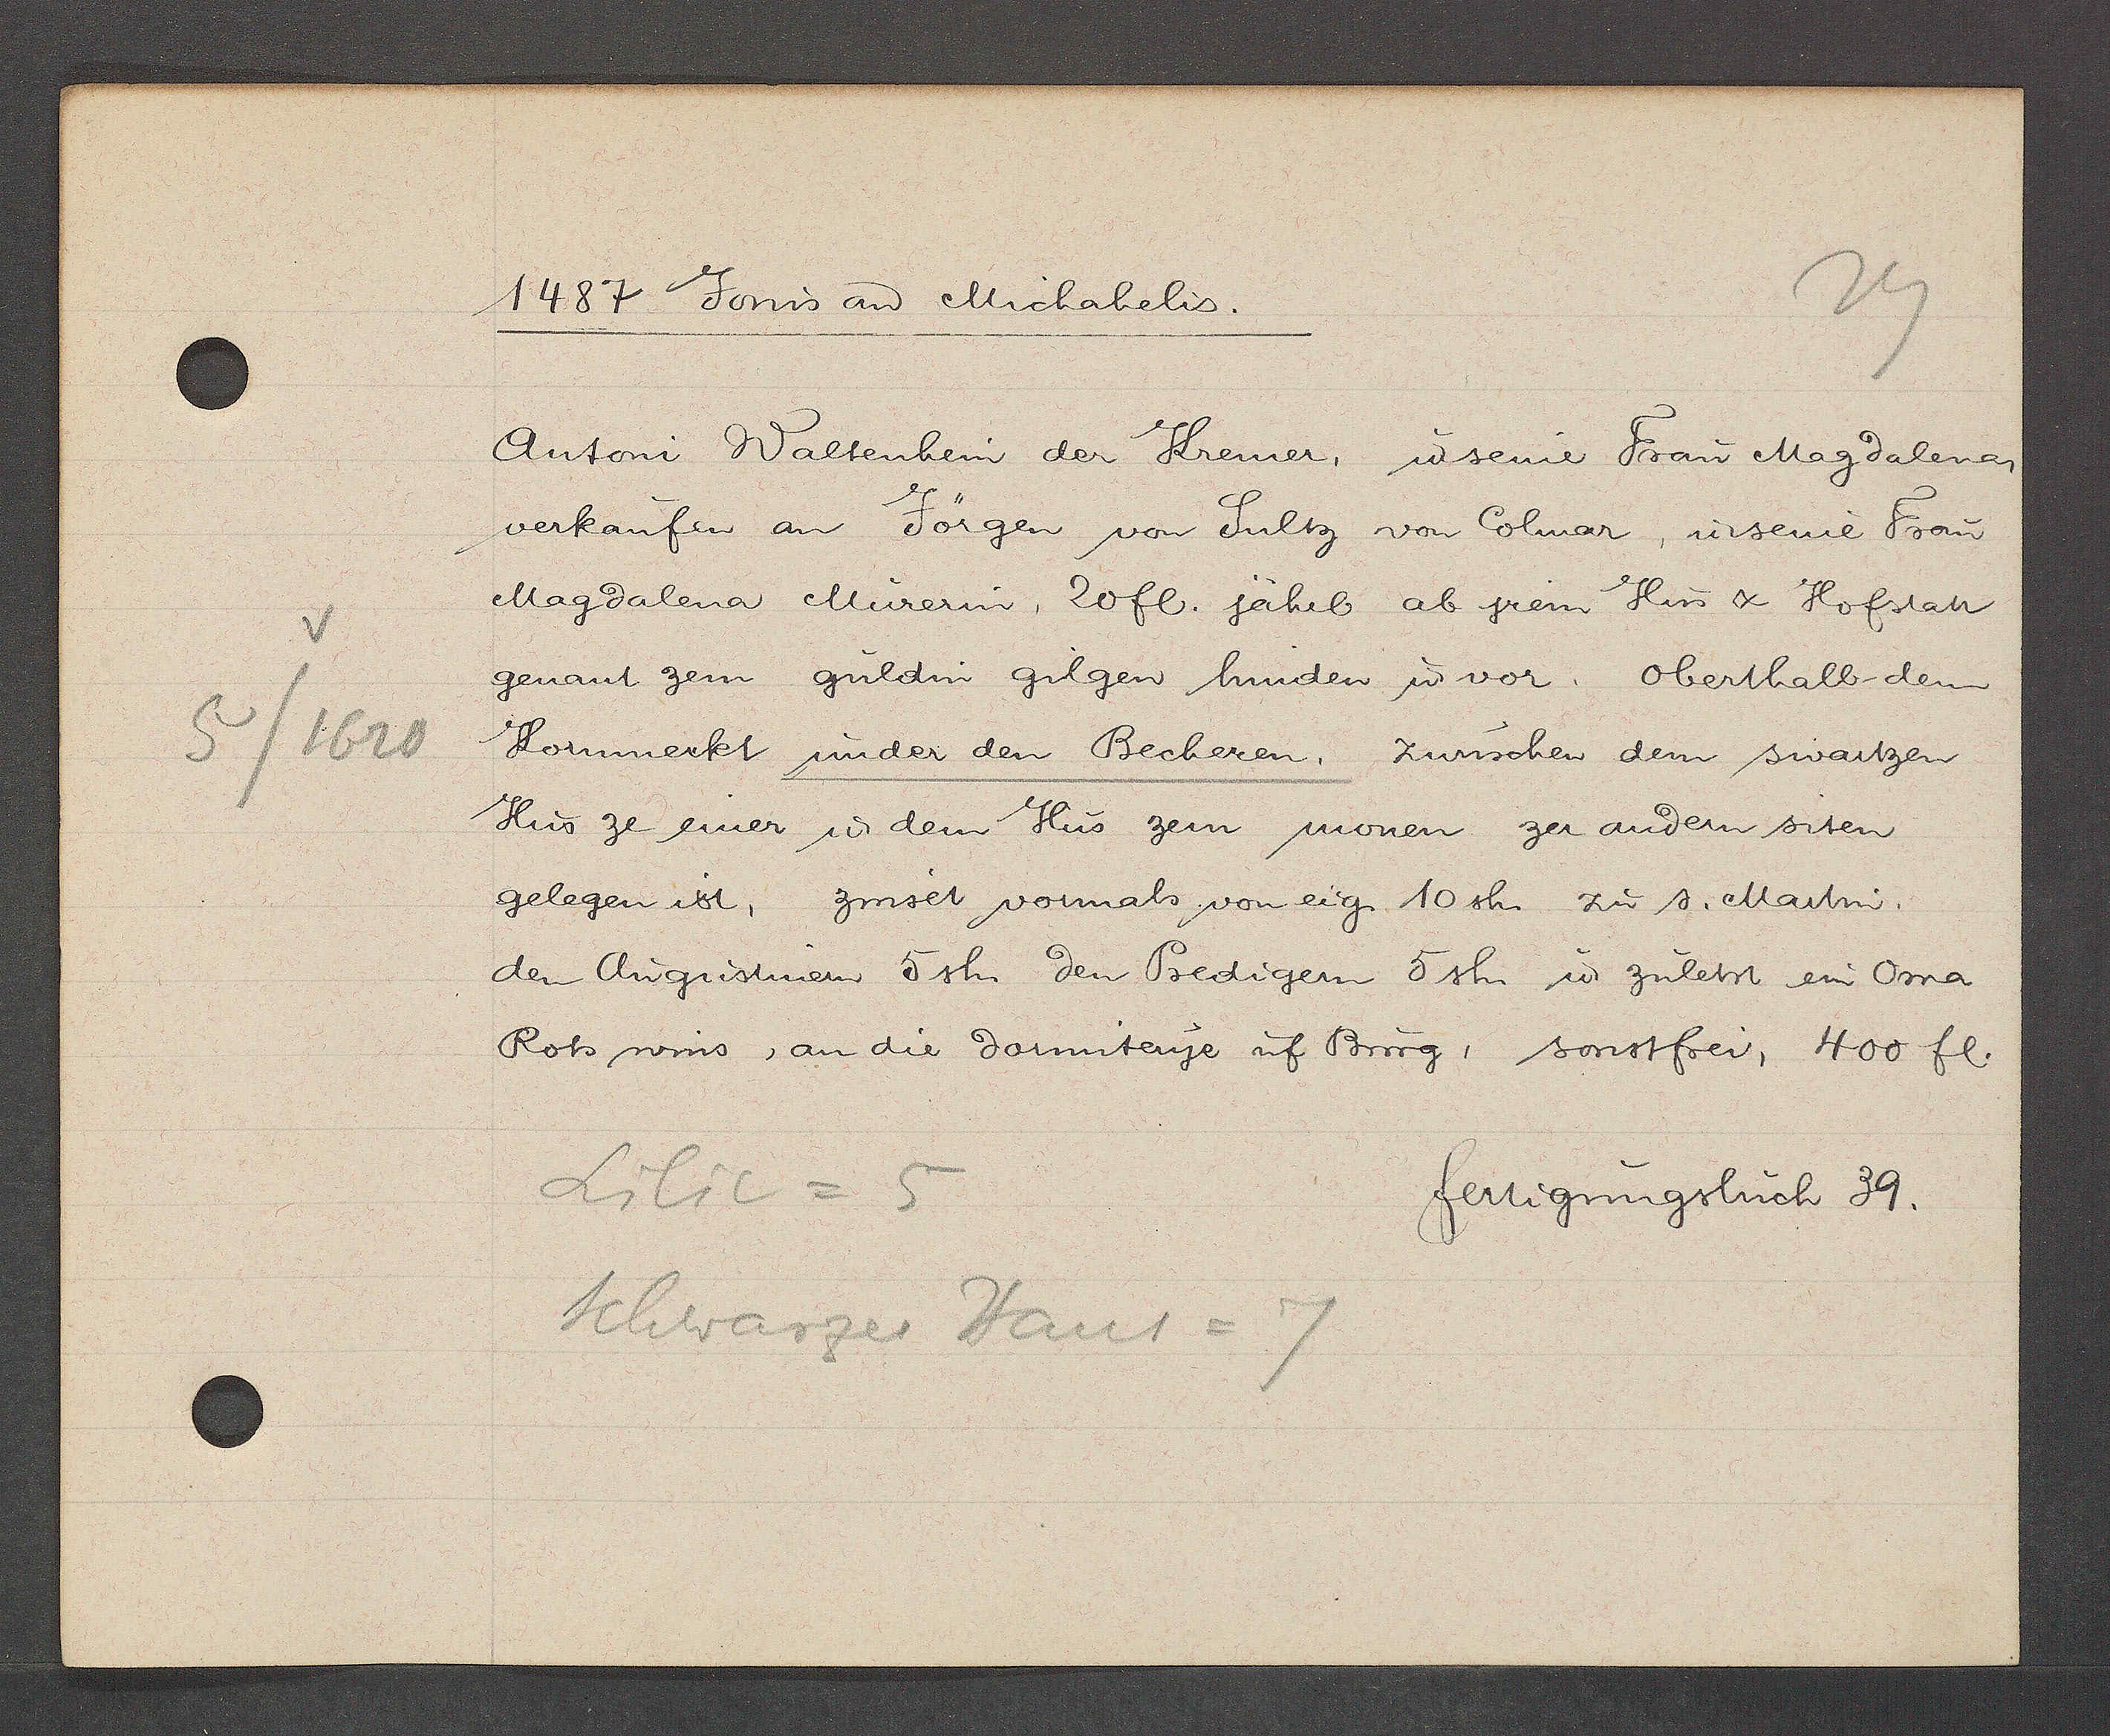
Transcript:
5/1620

1487 Jovis aȵ Michahelis.

Antoni Waltenhein der Kremer, u seine Frau Magdalena,
verkaufen an Jörgen von Sultz von Colmar, u seine Frau
Magdalena Mürerin, 20fl. jährl ab jrem Hus & Hofstatt
genant zem guldin gilgen hinden u vor. oberthalb dem
Kornmerkt under den Becheren, zwischen dem swartzen
Hus ze einer u dem Hus zem monen zer andern siten
gelegen ist, zinset vormals von eig. 10 sh. zu s. Martin.
den Augustinern 5 sh. den Predigern 5 sh. ư zuletst ein Oma
Rots wins, an die dormiterye uf Burg, sonstfrei, 400 fl.

Lilic = 5
Schwarzes Haus = 7

fertigungsbuch 39.